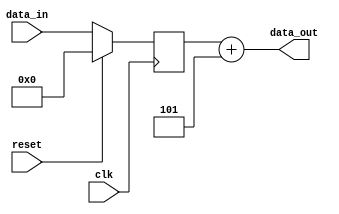
module shift_and_add_register (
    input wire clk,
    input wire reset,
    input wire [7:0] data_in,
    output reg [7:0] data_out
);

parameter SHIFT_AMOUNT = 2;
parameter CONSTANT_VALUE = 5;

reg [7:0] shift_reg;

always @(posedge clk) begin
    if (reset) begin
        shift_reg <= 8'b0;
    end else begin
        shift_reg <= {shift_reg[7-SHIFT_AMOUNT:0], data_in};
    end
end

always @(*) begin
    data_out = shift_reg + CONSTANT_VALUE;
end

endmodule